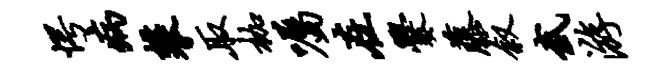
愕病攀取枷嘱在爨藤叙武游